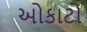
ઓકાટો